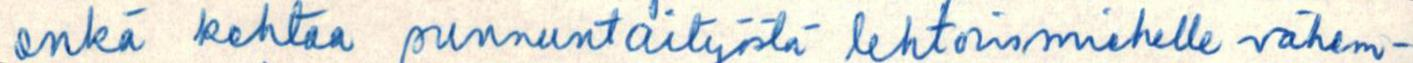
enkä kehtaa sunnuntaityöstä lehtorismiehelle vähem-